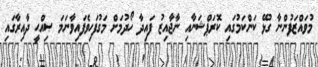
މުވައްޒަފުންނާ ގުޅޭ ކަންކަމުގައި ކޮރަޕްޝަނާއި ނާޖާއިޒު ފައިދާ ހޯދުމަށް މަގުފަހިވެފައިވާނަމަ ޞިއްޙީ ދާއިރާގައި